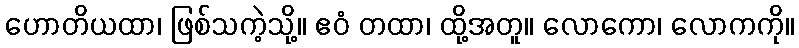
ဟောတိယထာ၊ ဖြစ်သကဲ့သို့။ ဧဝံ တထာ၊ ထို့အတူ။ လောကော၊ လောကကို။